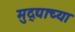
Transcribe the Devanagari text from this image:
मुद्द्याच्‍या